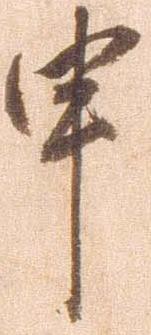
申